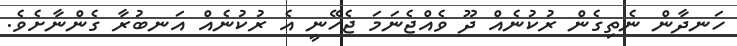
ހަނދާން ނެތިގެން ރުކުނެއް ދޫ ވެއްޖެނަމަ ޖެހޭނީ އެ ރުކުނެއް އަނބުރާ ގެންނާށެވެ.